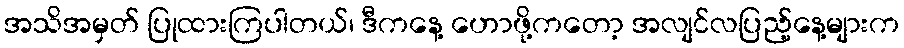
အသိအမှတ် ပြုထားကြပါတယ်၊ ဒီကနေ့ ဟောဖို့ကတော့ အလျင်လပြည့်နေ့များက